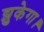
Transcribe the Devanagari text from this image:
झुकेगा।